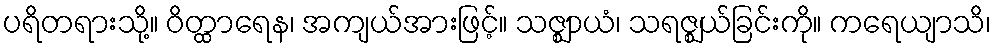
ပရိတရားသို့။ ဝိတ္ထာရေန၊ အကျယ်အားဖြင့်။ သဇ္ဈာယံ၊ သရဇ္ဈယ်ခြင်းကို။ ကရေယျာသိ၊